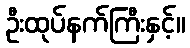
ဦးထုပ်နက်ကြီးနှင့်။